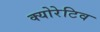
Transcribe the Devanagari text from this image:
क्योरेटिव